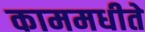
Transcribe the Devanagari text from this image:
काममधीते